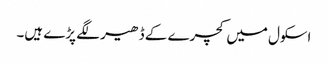
اسکول میں کچرے کے ڈھیر لگے پڑے ہیں۔